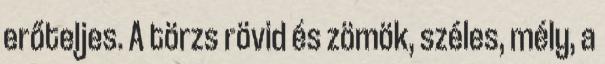
erőteljes. A törzs rövid és zömök, széles, mély, a